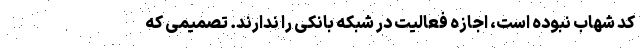
کد شهاب نبوده است، اجازه فعالیت در شبکه بانکی را ندارند. تصمیمی که